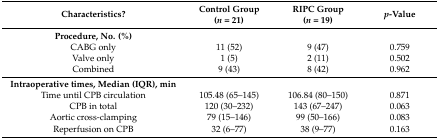
<table><thead><tr><td><b>Characteristics?</b></td><td><b>Control Group(<i>n</i> = 21)</b></td><td><b>RIPC Group(<i>n</i> = 19)</b></td><td><b><i>p</i>-Value</b></td></tr></thead><tbody><tr><td><b>Procedure, No. (%)</b></td><td colspan="3"></td></tr><tr><td>CABG only</td><td>11 (52)</td><td>9 (47)</td><td>0.759</td></tr><tr><td>Valve only</td><td>1 (5)</td><td>2 (11)</td><td>0.502</td></tr><tr><td>Combined</td><td>9 (43)</td><td>8 (42)</td><td>0.962</td></tr><tr><td><b>Intraoperative times, Median (IQR), min</b></td><td colspan="3"></td></tr><tr><td>Time until CPB circulation</td><td>105.48 (65–145)</td><td>106.84 (80–150)</td><td>0.871</td></tr><tr><td>CPB in total</td><td>120 (30–232)</td><td>143 (67–247)</td><td>0.063</td></tr><tr><td>Aortic cross-clamping</td><td>79 (15–146)</td><td>99 (50–166)</td><td>0.083</td></tr><tr><td>Reperfusion on CPB</td><td>32 (6–77)</td><td>38 (9–77)</td><td>0.163</td></tr></tbody></table>